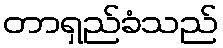
တာရှည်ခံသည်